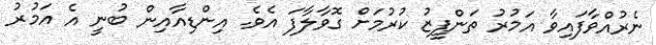
ނެރުއްވާފައިވާ އަމުރު ތަންފީޒު ކުރުމަށް ގޮވާލާފަ އެވެ. އިންޑިއާއިން ބުނީ އެ އަމުރު